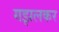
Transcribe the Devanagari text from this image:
गझलकर